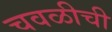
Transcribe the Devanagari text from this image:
चवळीची